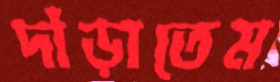
দাঁড়াতেম